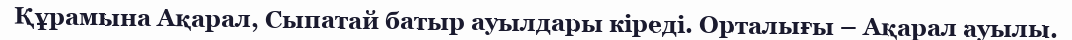
Құрамына Ақарал, Сыпатай батыр ауылдары кіреді. Орталығы – Ақарал ауылы.